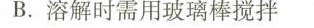
B.溶解时需用玻璃棒搅拌